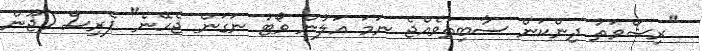
"ރިޝްވަތު ދިންކަން ސާބިތުވެއްޖެ ނަމަ އަލުން ވޯޓު ނަގަން ޖެހޭނެ" ޕެރިސް (ޖޫން